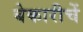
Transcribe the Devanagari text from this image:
बेकारीचें